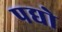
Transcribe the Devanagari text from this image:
पद्यो